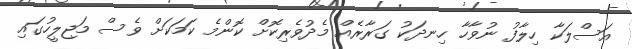
އަސްލަކާ ހިލާފު ނުވާހާ ހިނދަކު ގަރާރެއް މެދުވެރިކޮށް ކޮންމެ ކަމަކަށް ވެސް މަޖިލީހުގައި